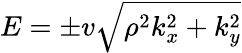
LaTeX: E=\pm v\sqrt{\rho^{2}k_{x}^{2}+k_{y}^{2}}